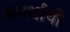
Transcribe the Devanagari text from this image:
अनर्थाची